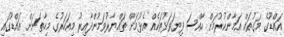
އައްޑޫގެ މަގުތައް އަމާންކުރުމަށް ހާއްސަ ފިޔަވަޅުތަކެއް އެޅުމަށް ތައްޔާރުވަމުންދާއިރު މިއަހަރުގެ މިހާތަނަށް އައްޑޫގައި